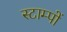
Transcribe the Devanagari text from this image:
स्टाम्पों